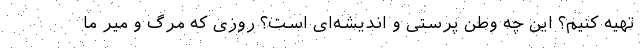
تهیه کنیم؟ این چه وطن پرستی و اندیشه‌ای است؟ روزی که مرگ و میر ما